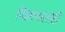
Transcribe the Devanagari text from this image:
विज्ञानालाही